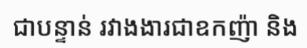
ជាបន្ទាន់ រវាងងារជាឧកញ៉ា និង